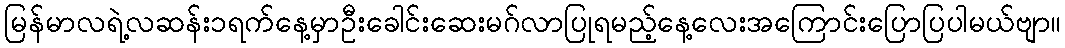
မြန်မာလရဲ့လဆန်း၁ရက်နေ့မှာဦးခေါင်းဆေးမဂ်လာပြုရမည့်နေ့လေးအကြောင်းပြောပြပါမယ်ဗျာ။